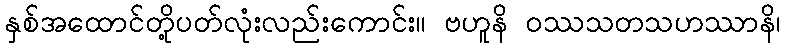
နှစ်အထောင်တို့ပတ်လုံးလည်းကောင်း။ ဗဟူနိ ဝဿသတသဟဿာနိ၊